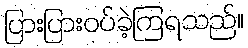
ပြားပြားဝပ်ခဲ့ကြရသည်။